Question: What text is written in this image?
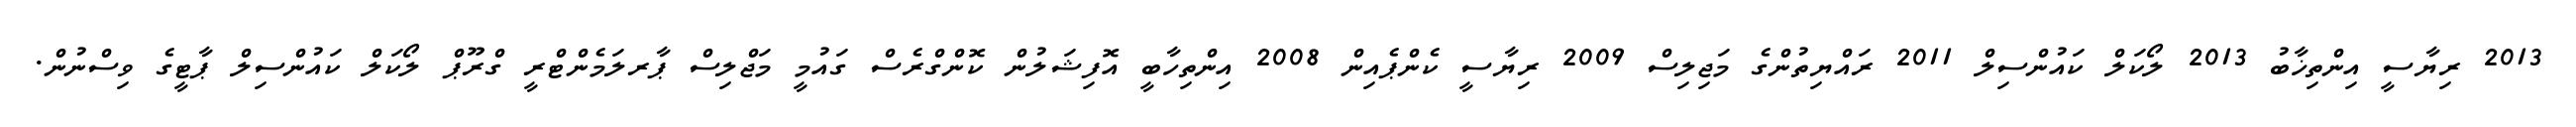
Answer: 2013 ރިޔާސީ އިންތިޚާބު 2013 ލޯކަލް ކައުންސިލް 2011 ރައްޔިތުންގެ މަޖިލިސް 2009 ރިޔާސީ ކެންޕެއިން 2008 އިންތިހާބީ އޮފިޝަލުން ކޮންގްރެސް ގައުމީ މަޖްލިސް ޕާރލަމެންޓްރީ ގްރޫޕް ލޯކަލް ކައުންސިލް ޕާޓީގެ ވިސްނުން.